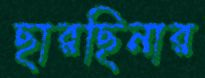
ছারছিনার